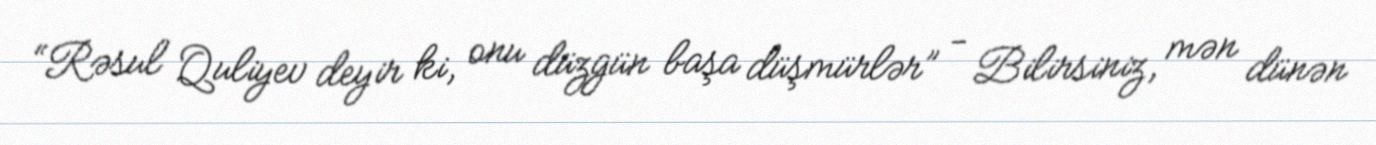
“Rəsul Quliyev deyir ki, onu düzgün başa düşmürlər” - Bilirsiniz, mən dünən